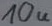
Text: 10u